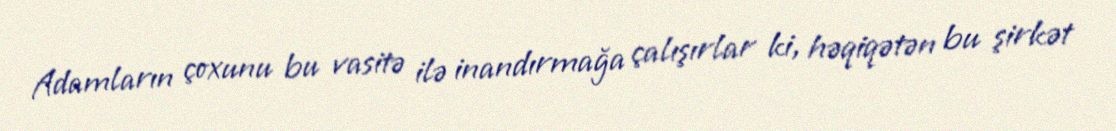
Adamların çoxunu bu vasitə ilə inandırmağa çalışırlar ki, həqiqətən bu şirkət